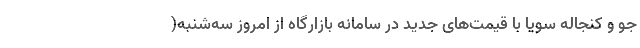
جو و کنجاله سویا با قیمت‌های جدید در سامانه بازارگاه از امروز سه‌شنبه(